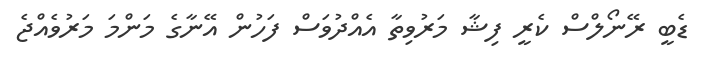
ޑެބީ ރޭނޯލްސް ކެރީ ފިޝާ މަރުވިތާ އެއްދުވަސް ފަހުން އޭނާގެ މަންމަ މަރުވެއްޖެ